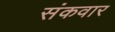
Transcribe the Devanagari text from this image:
संकवार